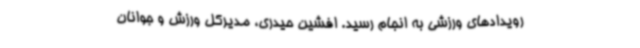
رویدادهای ورزشی به انجام رسید. افشین حیدری، مدیرکل ورزش و جوانان